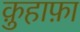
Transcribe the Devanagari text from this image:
क़ुहाफ़ा